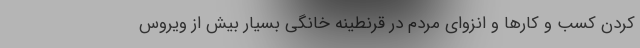
کردن کسب و کارها و انزوای مردم در قرنطینه خانگی بسیار بیش از ویروس